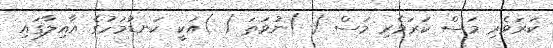
ކަރަވެރި މަސް ކަރަވެރި މަސް ( )ނުވަތަ ( )އަކީ ކަނޑުމަހުގެ އާއިލާގައި